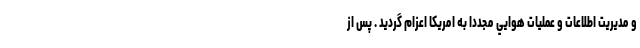
و مديريت اطلاعات و عمليات هوايي مجددا به امريكا اعزام گرديد . پس از